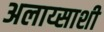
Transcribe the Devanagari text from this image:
अलाय्साशी